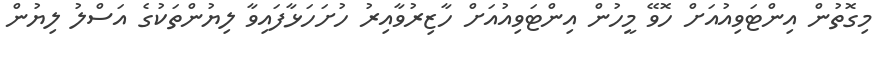
މިގޮތުން އިންޓަވިއުއަށް ހޮވޭ މީހުން އިންޓަވިއުއަށް ހާޒިރުވާއިރު ހުށަހަޅާފައިވާ ލިޔުންތަކުގެ އަސްލު ލިޔުން